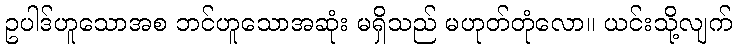
ဥပါဒ်ဟူသောအစ ဘင်ဟူသောအဆုံး မရှိသည် မဟုတ်တုံလော။ ယင်းသို့လျက်